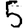
Digit: 5